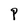
Character: P